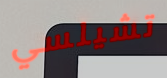
تشيلسي